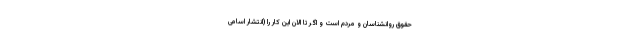
حقوق روانشناسان و مردم است و اگر تا الان این کار را (انتشار اسامی